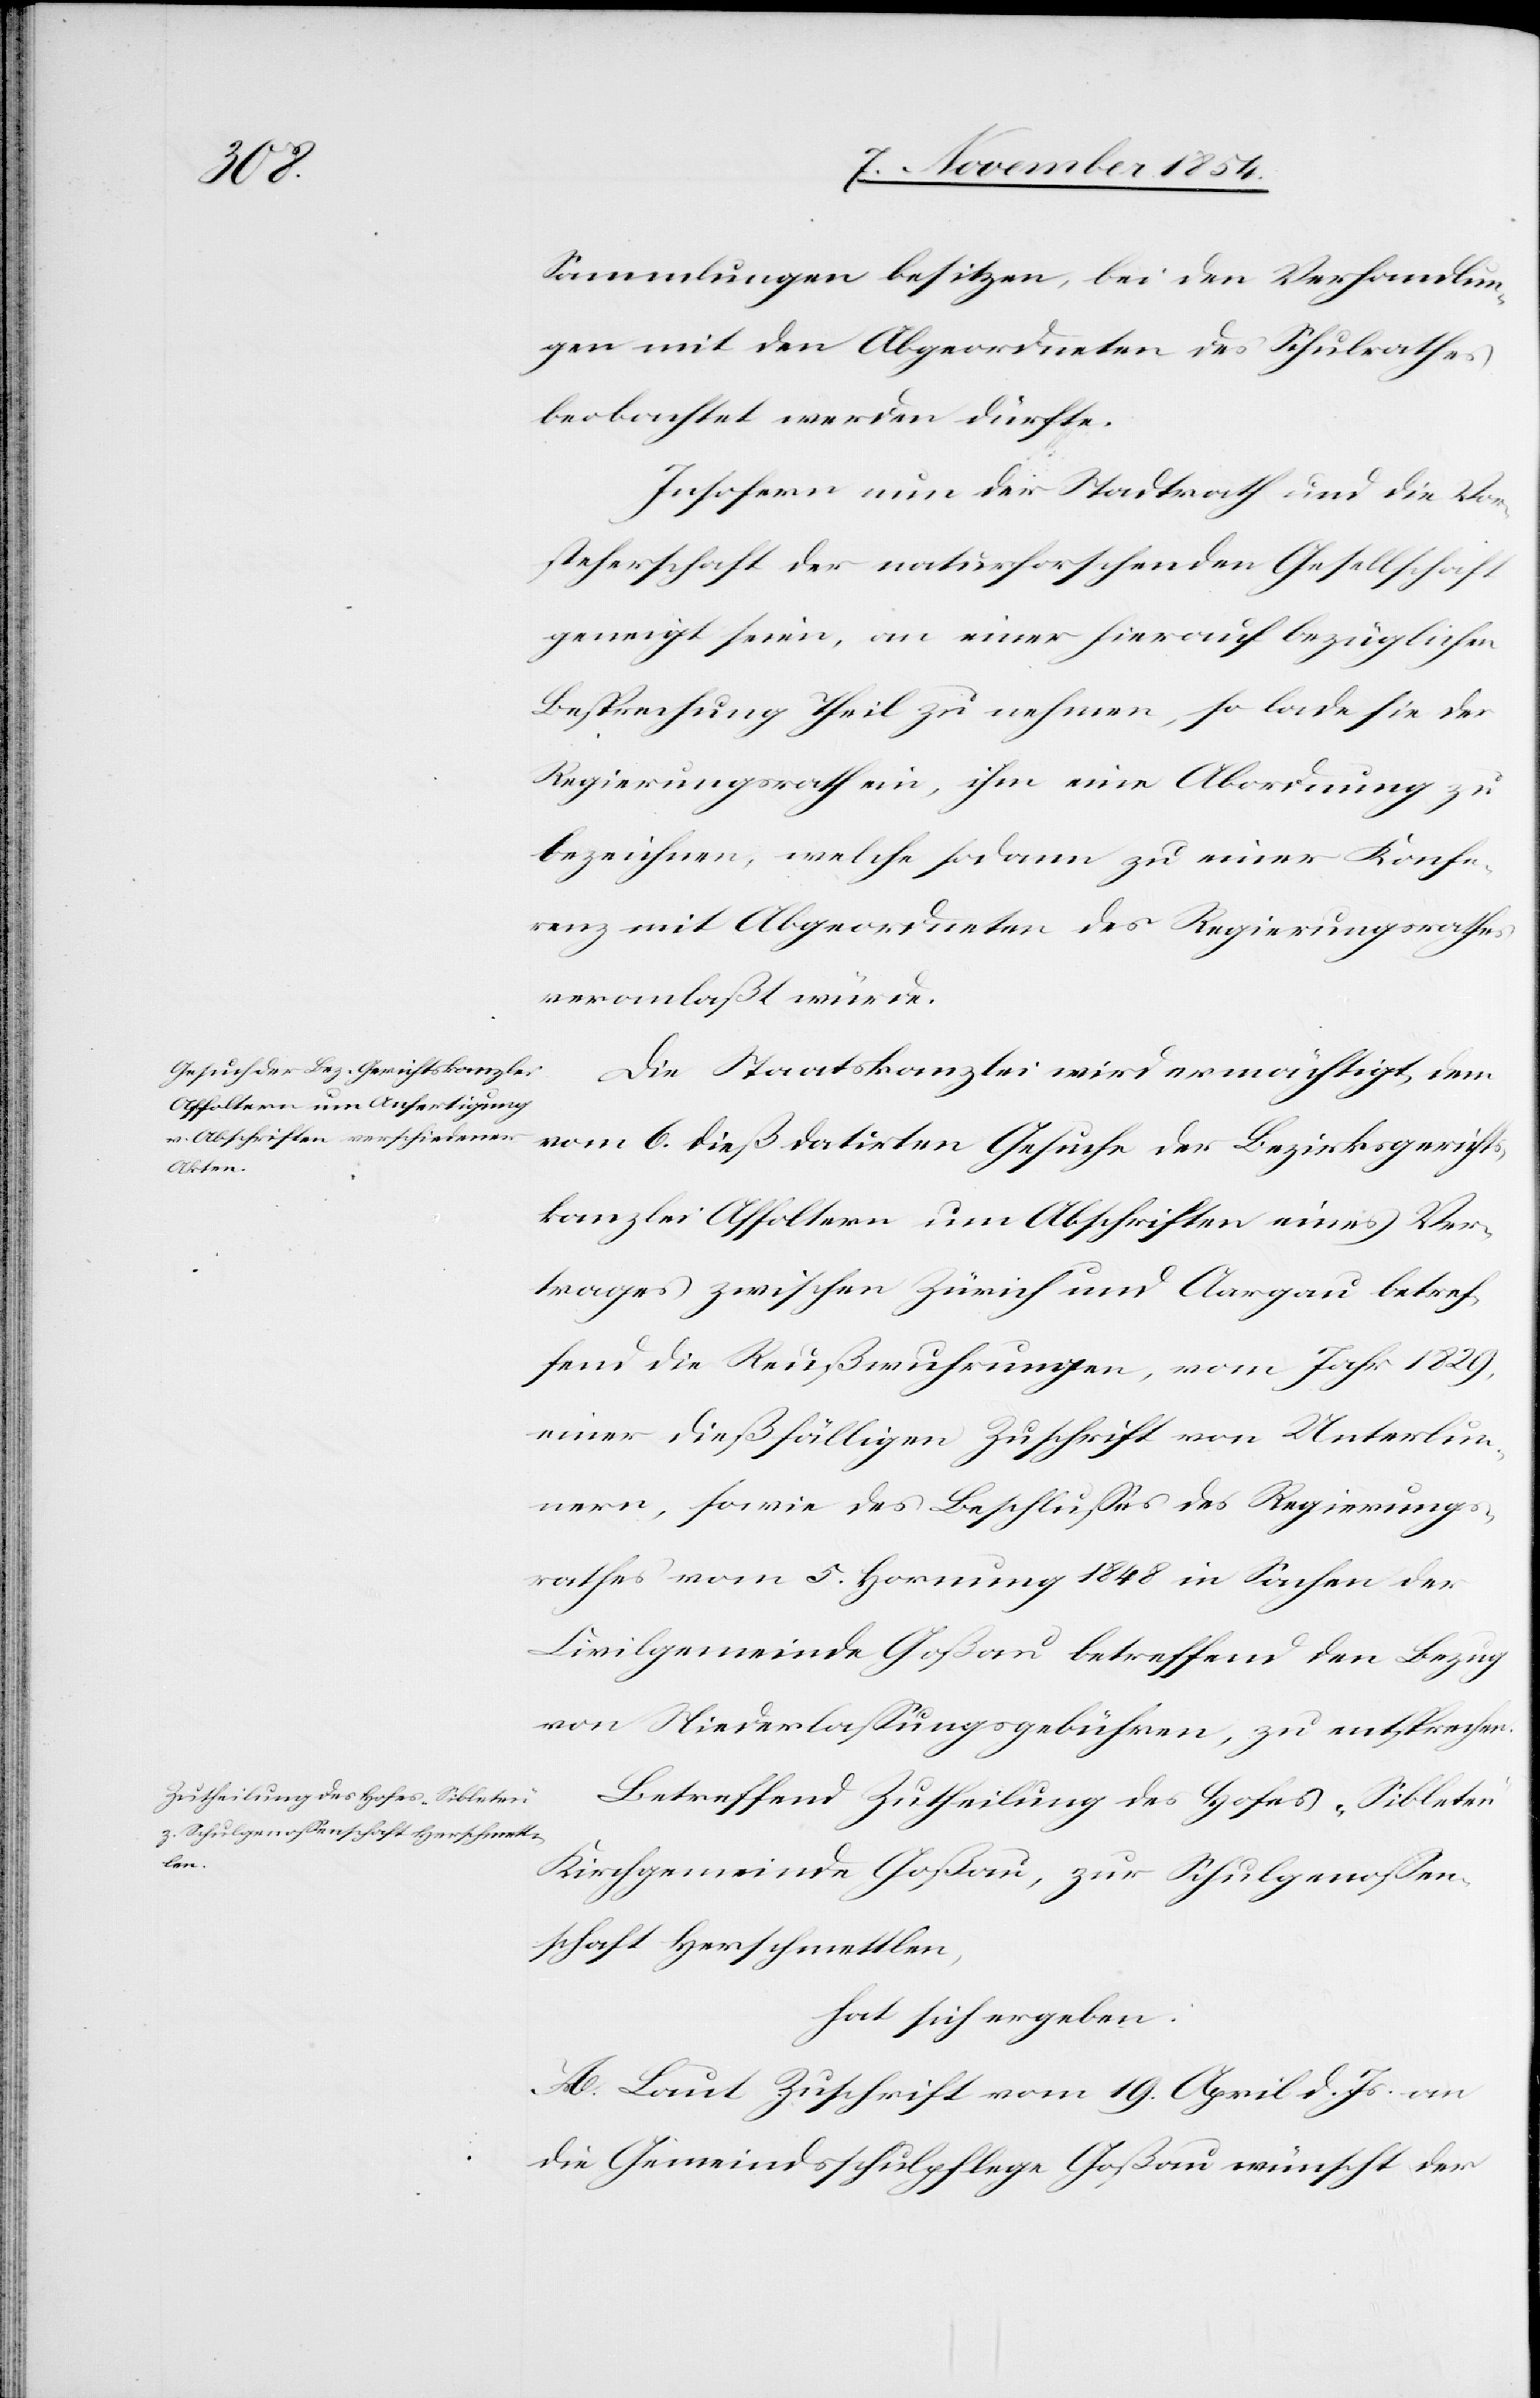
Sammlungen besitzen, bei den Verhandlun¬
gen mit den Abgeordneten des Schulrathes
beobachtet werden dürfte.
Insofern nun der Stadtrath und die Vor¬
steherschaft der naturforschenden Gesellschaft
geneigt seien, an einer hierauf bezüglichen
Besprechung Theil zu nehmen, so lade sie der
Regierungsrath ein, ihm eine Abordnung zu
bezeichnen, welche sodann zu einer Konfe¬
renz mit Abgeordneten des Regierungsrathes
veranlaßt würde.
Die Staatskanzlei wird ermächtigt, dem
vom 6. dieß datirten Gesuche der Bezirksgerichts¬
kanzlei Affoltern um Abschriften eines Ver¬
trages zwischen Zürich und Aargau betref¬
fend die Reußwuhrungen, vom Jahr 1829,
einer dießfälligen Zuschrift von Unterlun¬
nern, sowie des Beschlußes des Regierungs¬
rathes vom 5. Hornung 1848 in Sachen der
Civilgemeinde Goßau betreffend den Bezug
von Niederlaßungsgebühren, zu entsprechen.
Betreffend Zutheilung des Hofes „Sibleten“
Kirchgemeinde Goßau, zur Schulgenoßen¬
schaft Herschmettlen,
hat sich ergeben:
A. Laut Zuschrift vom 19. April d. J. an
die Gemeindsschulpflege Goßau wünscht der